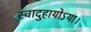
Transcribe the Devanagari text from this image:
स्वादुहायोऽया।